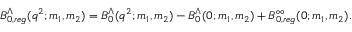
\begin{array} { r } { B _ { 0 , r e g } ^ { \Lambda } ( q ^ { 2 } ; m _ { 1 } , m _ { 2 } ) = B _ { 0 } ^ { \Lambda } ( q ^ { 2 } ; m _ { 1 } , m _ { 2 } ) - B _ { 0 } ^ { \Lambda } ( 0 ; m _ { 1 } , m _ { 2 } ) + B _ { 0 , r e g } ^ { \infty } ( 0 ; m _ { 1 } , m _ { 2 } ) . } \end{array}